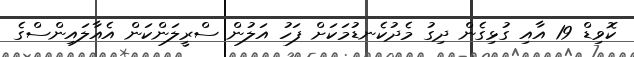
ކޮވިޑް 19 އާއި ގުޅިގެން ދިގު މެދުކެނޑުމަކަށް ފަހު އަލުން ސްރީލަންކަން އެއާލައިންސްގެ